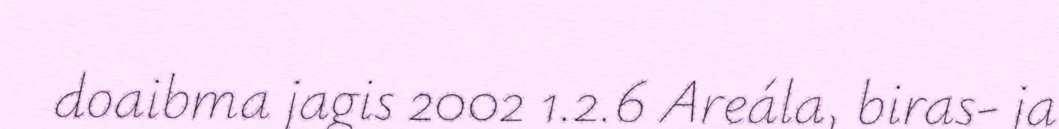
doaibma jagis 2002 1.2.6 Areála, biras- ja